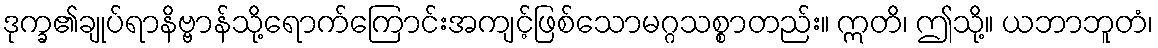
ဒုက္ခ၏ချုပ်ရာနိဗ္ဗာန်သို့ရောက်ကြောင်းအကျင့်ဖြစ်သောမဂ္ဂသစ္စာတည်း။ ဣတိ၊ ဤသို့။ ယဘာဘူတံ၊